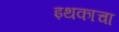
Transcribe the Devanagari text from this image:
इथकाचा